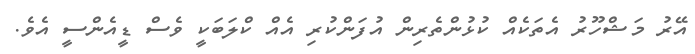
އޭރު މަޝްހޫރު އެތަކެއް ކުޅުންތެރިން އުފަންކުރި އެއް ކްލަބަކީ ވެސް ޑީއެންސީ އެވެ.